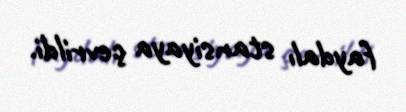
faydalı stansiyaya çevrildi.